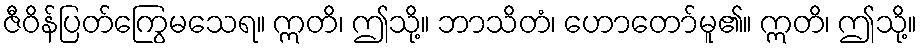
ဇီဝိန်ပြတ်ကြွေမသေရ။ ဣတိ၊ ဤသို့။ ဘာသိတံ၊ ဟောတော်မူ၏။ ဣတိ၊ ဤသို့။